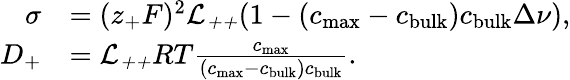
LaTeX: \begin{array}{rl}{\sigma}&{=(z_{+}F)^{2}\mathcal{L_{++}}(1-(c_{\mathrm{max}}-c_{\mathrm{bulk}})c_{\mathrm{bulk}}\Delta\nu),}\\ {D_{+}}&{=\mathcal{L_{++}}RT\frac{c_{\mathrm{max}}}{(c_{\mathrm{max}}-c_{\mathrm{bulk}})c_{\mathrm{bulk}}}.}\end{array}